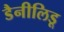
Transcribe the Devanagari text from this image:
डैनीलिडू